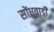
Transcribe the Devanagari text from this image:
सोंधवाड़ी